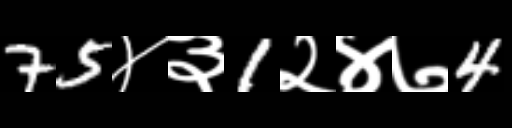
Text: 75४३1२४७4